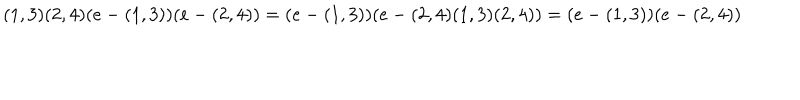
( 1 , 3 ) ( 2 , 4 ) ( e - ( 1 , 3 ) ) ( e - ( 2 , 4 ) ) = ( e - ( 1 , 3 ) ) ( e - ( 2 , 4 ) ( 1 , 3 ) ( 2 , 4 ) ) = ( e - ( 1 , 3 ) ) ( e - ( 2 , 4 ) )